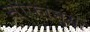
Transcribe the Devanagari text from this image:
सोफानुमा